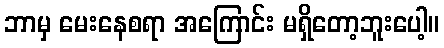
ဘာမှ မေးနေစရာ အကြောင်း မရှိတော့ဘူးပေါ့။